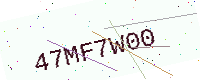
Text: 47MF7W00